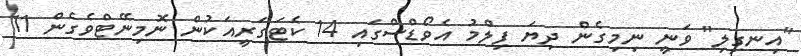
"އިނގިލި" ވަނީ ނިމިގެން ދިޔަ ފިލްމު އެވޯޑްސްގައި 14 ކެޓަގަރީއަކުން ނޮމިނޭޓްވެގެން 11